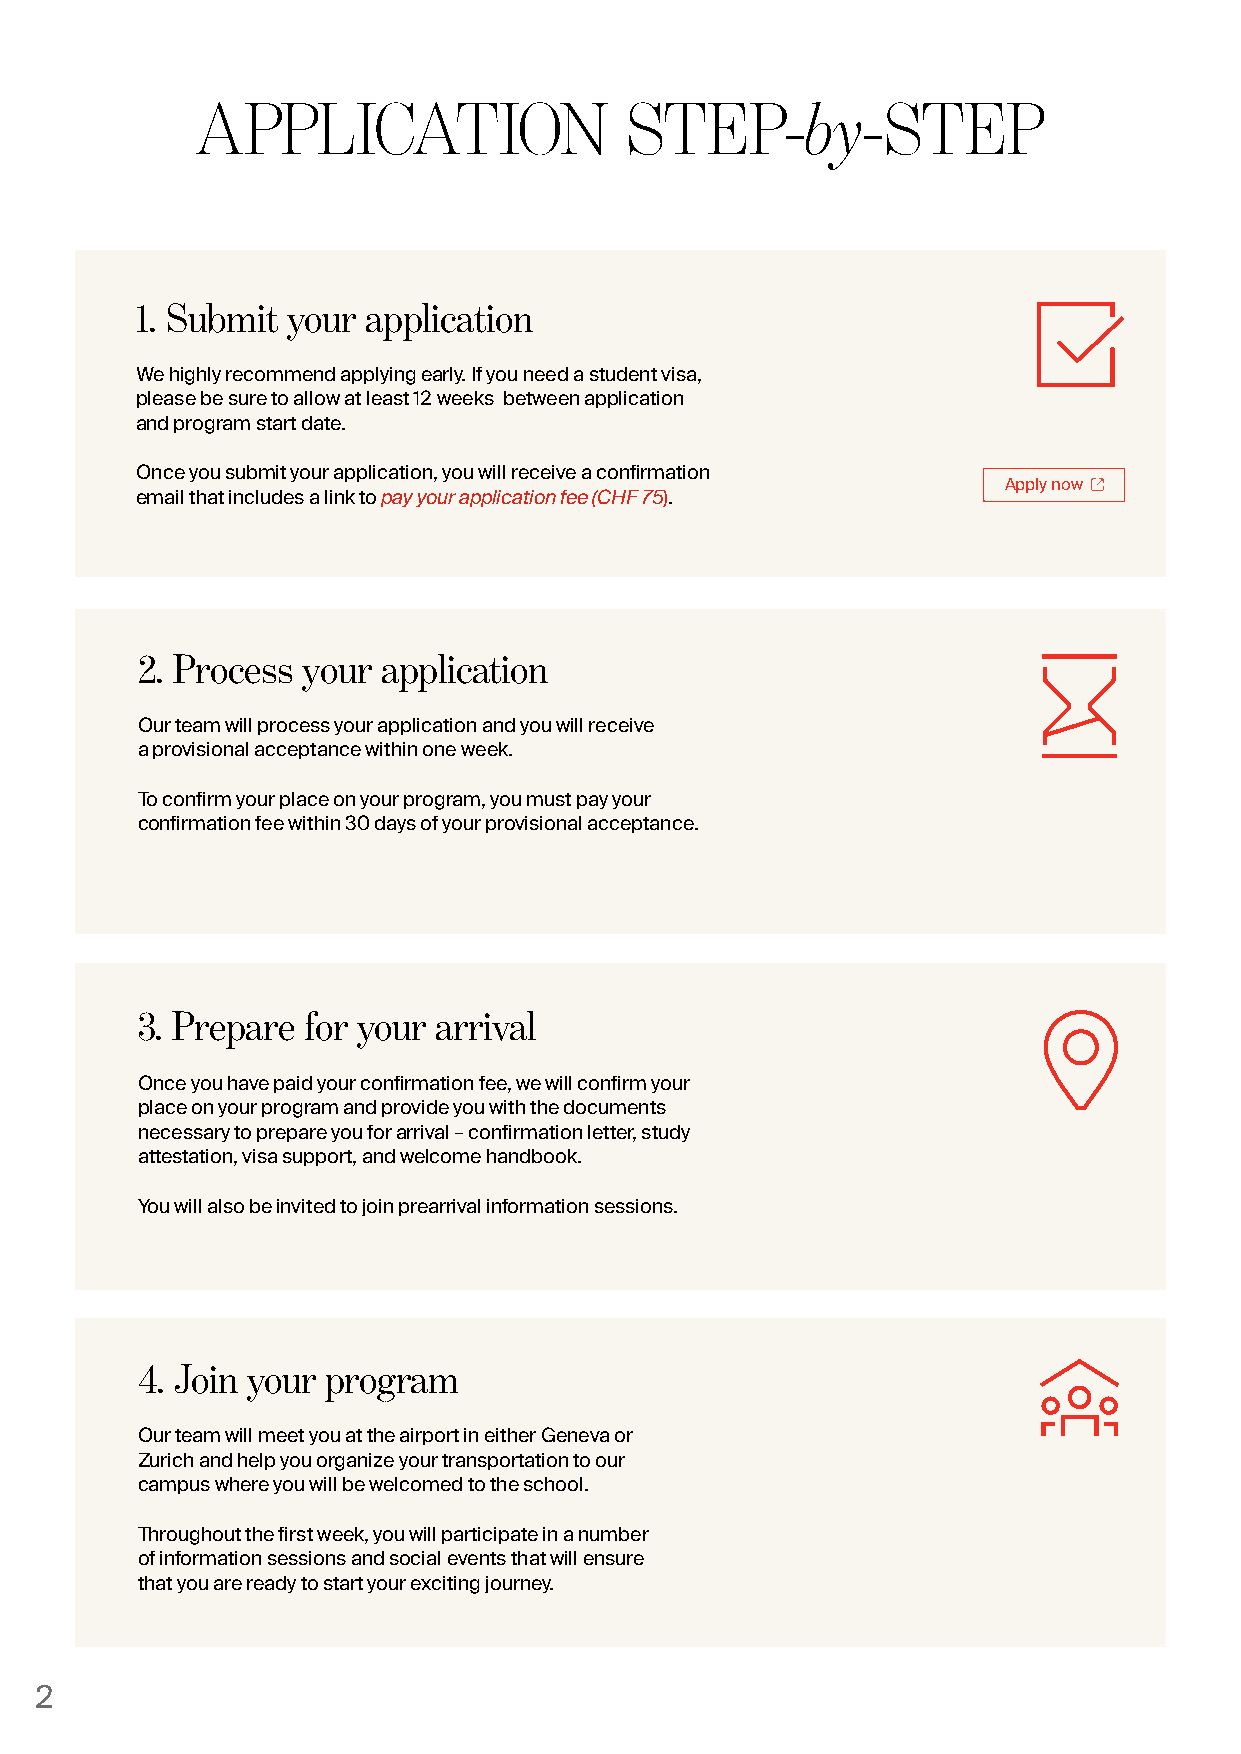
APPLICATION                 STEP-by-STEP
 1. Submit your application
 We highly recommend applying early. If you need a student visa,
 please be sure to allow at least 12 weeks between application
 and program start date.
 Once you submit your application, you will receive a confirmation
 pay your application fee (CHF 75         Apply now
 email that includes a link to      ).
 2. Process your application
 Our team will process your application and you will receive
 a provisional acceptance within one week.
 To confirm your place on your program, you must pay your
 confirmation fee within 30 days of your provisional acceptance.
 3. Prepare for your arrival
 Once you have paid your confirmation fee, we will confirm your
 place on your program and provide you with the documents
 necessary to prepare you for arrival – confirmation letter, study
 attestation, visa support, and welcome handbook.
 You will also be invited to join prearrival information sessions.
 4. Join your program
 Our team will meet you at the airport in either Geneva or
 Zurich and help you organize your transportation to our
 campus where you will be welcomed to the school.
 Throughout the first week, you will participate in a number
 of information sessions and social events that will ensure
 that you are ready to start your exciting journey.
 2